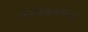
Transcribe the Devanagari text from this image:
नॉर्देंस्क्जोल्ड